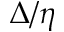
\Delta / \eta